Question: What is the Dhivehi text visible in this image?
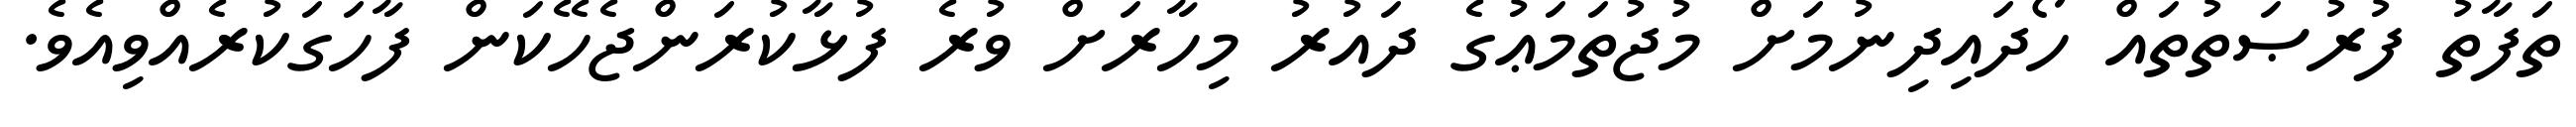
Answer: ތަފާތު ފުރުޞަތުތައް ހޯދައިދިނުމަށް މުޖުތަމަޢުގެ ދައުރު މިހާރަށް ވުރެ ފުޅާކުރަންޖެހޭކަން ފާހަގަކުރެއްވިއެވެ.